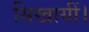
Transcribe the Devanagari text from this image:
सिखायीं।